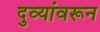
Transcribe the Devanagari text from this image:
दुव्यांवरून